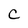
Character: c